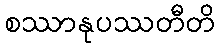
စဿာနုပဿတီတိ